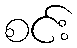
စင်း